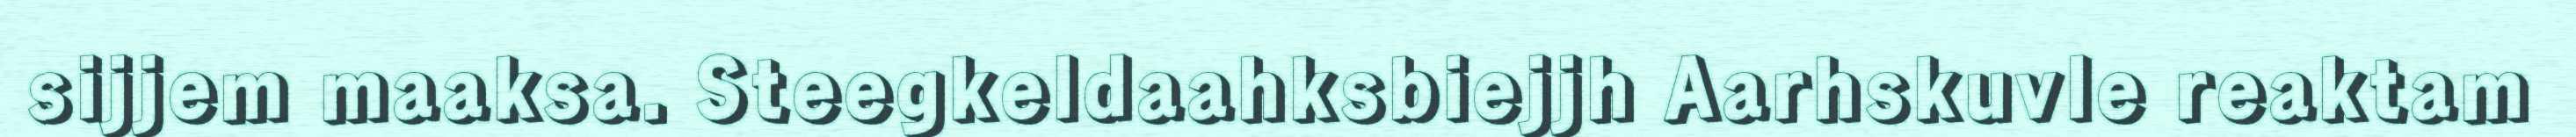
sijjem maaksa. Steegkeldaahksbiejjh Aarhskuvle reaktam